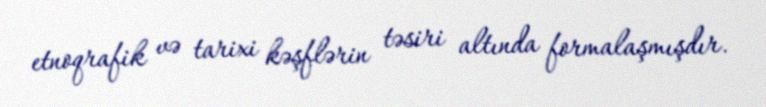
etnoqrafik və tarixi kəşflərin təsiri altında formalaşmışdır.